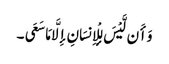
وَأَن لَّیْسَ لِلْإِنسَانِ إِلَّا مَا سَعَی ۔